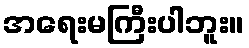
အရေးမကြီးပါဘူး။